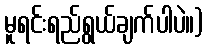
မူရင်းရည်ရွယ်ချက်ပါပဲ။)